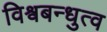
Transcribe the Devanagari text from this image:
विश्वबन्धुत्व